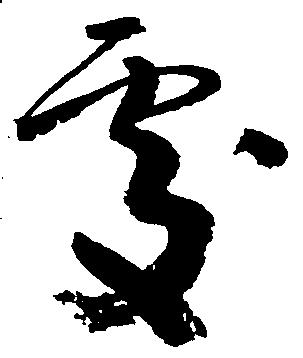
処